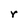
Character: r